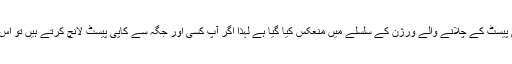
[درست کریں] لاگ ان ترتیبات کو اب صحیح طور پر کاپی پیسٹ کے چلانے والے ورژن کے سلسلے میں منعکس کیا گیا ہے لہذا اگر آپ کسی اور جگہ سے کاپی پیسٹ لانچ کرتے ہیں تو اس سے لاگ ان کی ترتیب کو غیر چیک شدہ دکھایا جائے گا۔